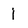
Character: j